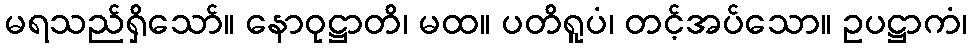
မရသည်ရှိသော်။ နောဝုဋ္ဌာတိ၊ မထ။ ပတိရူပံ၊ တင့်အပ်သော။ ဥပဋ္ဌာကံ၊